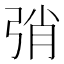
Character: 弰